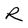
Character: R